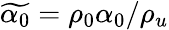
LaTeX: \widetilde{\alpha_{0}}=\rho_{0}\alpha_{0}/\rho_{u}